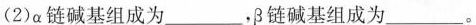
(2)α链碱基组成为___，β链碱基组成为___。